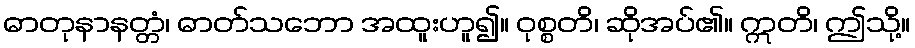
ဓာတုနာနတ္တံ၊ ဓာတ်သဘော အထူးဟူ၍။ ဝုစ္စတိ၊ ဆိုအပ်၏။ ဣတိ၊ ဤသို့။